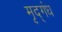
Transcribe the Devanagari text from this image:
मृद्‌गंध